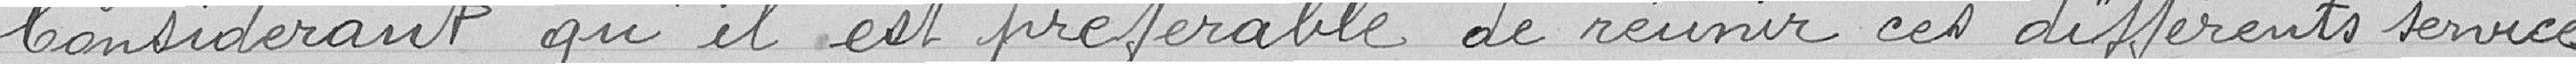
Considérant qu'il est préférable de réunir ces différents services